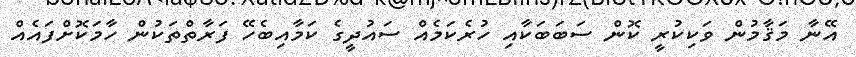
އޭނާ މަޤާމުން ވަކިކުރީ ކޮން ސަބަބަކާއި ހުރެކަމެއް ސައުދީގެ ކަމާއިބެހޭ ފަރާތްތަކުން ހާމަކޮށްފައެއް